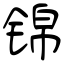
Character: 锦